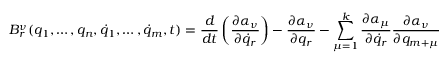
B _ { r } ^ { \nu } ( q _ { 1 } , \dots , q _ { n } , { \dot { q } } _ { 1 } , \dots , { \dot { q } } _ { m } , t ) = \frac { d } { d t } \left( \frac { \partial \alpha _ { \nu } } { \partial { \dot { q } } _ { r } } \right) - \frac { \partial \alpha _ { \nu } } { \partial q _ { r } } - \sum _ { \mu = 1 } ^ { k } \frac { \partial \alpha _ { \mu } } { \partial { \dot { q } } _ { r } } \frac { \partial \alpha _ { \nu } } { \partial q _ { m + \mu } }